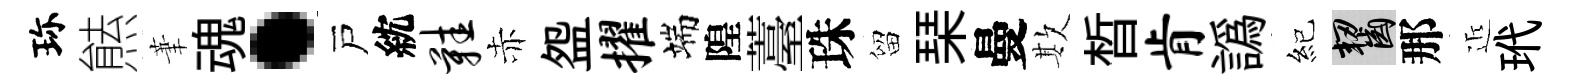
珎㷱茟魂·戸紞鞋赤盌擢端隍薹珠留琹曼欺晳肯譌紀齧那近玳